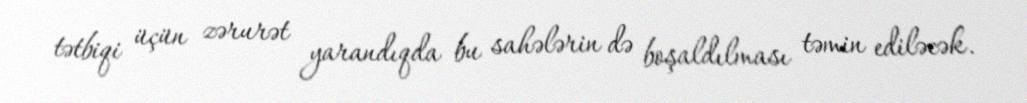
tətbiqi üçün zərurət yarandıqda bu sahələrin də boşaldılması təmin ediləcək.